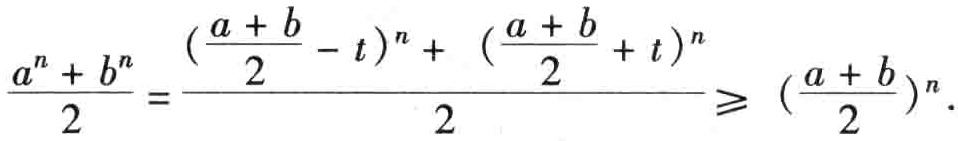
\[\frac{a^{n}+b^{n}}{2}=\frac{(\frac{a + b}{2}-t)^{n}+(\frac{a + b}{2}+t)^{n}}{2}\geqslant (\frac{a + b}{2})^{n}.\]